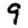
Digit: 9